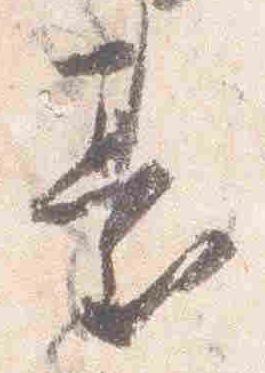
台